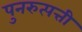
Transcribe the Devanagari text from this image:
पुनरुत्पत्ती